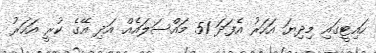
ހައިޓީގައި މިދިޔަ އަހަރު އެފަދަ 51 މައްސަލައެއް އަދި އޭގެ ކުރީ އަހަރު